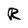
Character: R